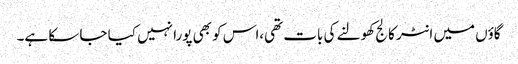
گاؤں میں انٹر کالج کھولنے کی بات تھی،اس کو بھی پورا نہیں کیا جا سکا ہے۔